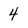
Character: 4